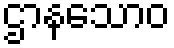
ဌာနသောဝ